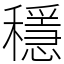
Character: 穩